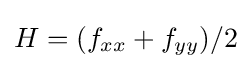
H=(f_{xx}+f_{yy})/2